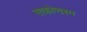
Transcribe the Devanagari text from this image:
सकोणश्म